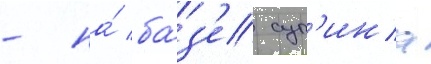
- на́ ба́з'е суп'ина